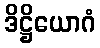
ဒိဋ္ဌိယောဂံ